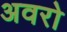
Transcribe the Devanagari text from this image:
अवरो